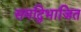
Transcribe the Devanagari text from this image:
समद्विभाजित